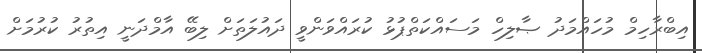
އިބްރާހިމް މުހައްމަދު ޞާލިހް މަސައްކަތްޕުޅު ކުރައްވަންވީ ދައުލަތަށް ލިބޭ އާމްދަނީ އިތުރު ކުރުމަށް